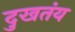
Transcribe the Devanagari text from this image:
दुखतंय